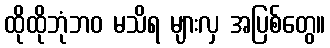
ထိုထိုဘုံဘဝ မသိရ များလှ အပြစ်တွေ။